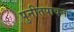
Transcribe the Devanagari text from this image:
पुनीतपावन